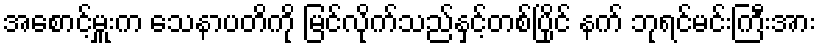
အစောင့်မှူးက သေနာပတိကို မြင်လိုက်သည်နှင့်တစ်ပြိုင် နက် ဘုရင်မင်းကြီးအား